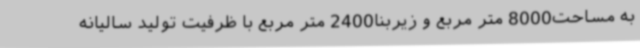
به مساحت8000 متر مربع و زیربنا2400 متر مربع با ظرفیت تولید سالیانه